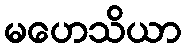
မဟေသိယာ